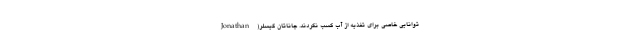
توانایی خاصی برای تغذیه از آب کسب نکردند. جاناتان گیسلر(Jonathan